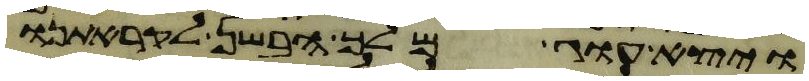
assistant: ויצא עוג מלך הבשן לקראתנו